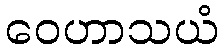
ဝေဟာသယံ